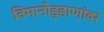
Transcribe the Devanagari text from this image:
विमानोड्डाणांवर